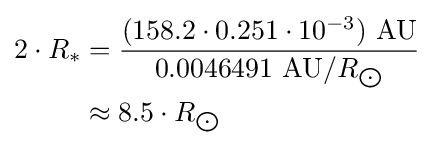
{\begin{aligned}2\cdot R_{*}&={\frac {(158.2\cdot 0.251\cdot 10^{-3})\ {\text{AU}}}{0.0046491\ {\text{AU}}/R_{\bigodot }}}\\&\approx 8.5\cdot R_{\bigodot }\end{aligned}}